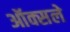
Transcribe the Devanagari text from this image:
ऑक्सले